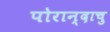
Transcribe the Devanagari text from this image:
पोरान्दाचु